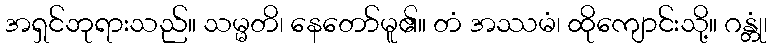
အရှင်ဘုရားသည်။ သမ္မတိ၊ နေတော်မူ၏။ တံ အဿမံ၊ ထိုကျောင်းသို့။ ဂန္တုံ၊